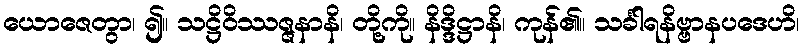
ယောဇေတွာ၊ ၍။ သဋ္ဌိဝိဿဇ္ဇနာနိ၊ တို့ကို။ နိဒ္ဒိဋ္ဌာနိ၊ ကုန်၏။ သင်္ခါရနိဗ္ဗာနပဒေဟိ၊